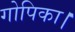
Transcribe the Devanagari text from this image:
गोपिका।